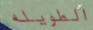
الطويله